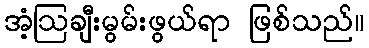
အံ့ဩချီးမွမ်းဖွယ်ရာ ဖြစ်သည်။